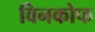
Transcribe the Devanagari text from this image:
विनकोफ